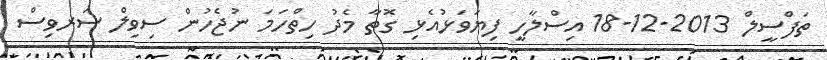
ތަފްސީލް 2013-12-18 އިސްލާހީ ފިޔަވަޅުއެޅި ގޮތާ މެދު ހިތްހަމަ ނުޖެހުން ސިވިލް ސަރވިސް